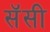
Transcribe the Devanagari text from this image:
सॅसी